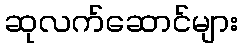
ဆုလက်ဆောင်များ